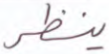
ينظر